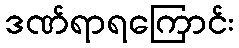
ဒဏ်ရာရကြောင်း